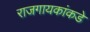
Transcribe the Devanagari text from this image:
राजगायकांकडे